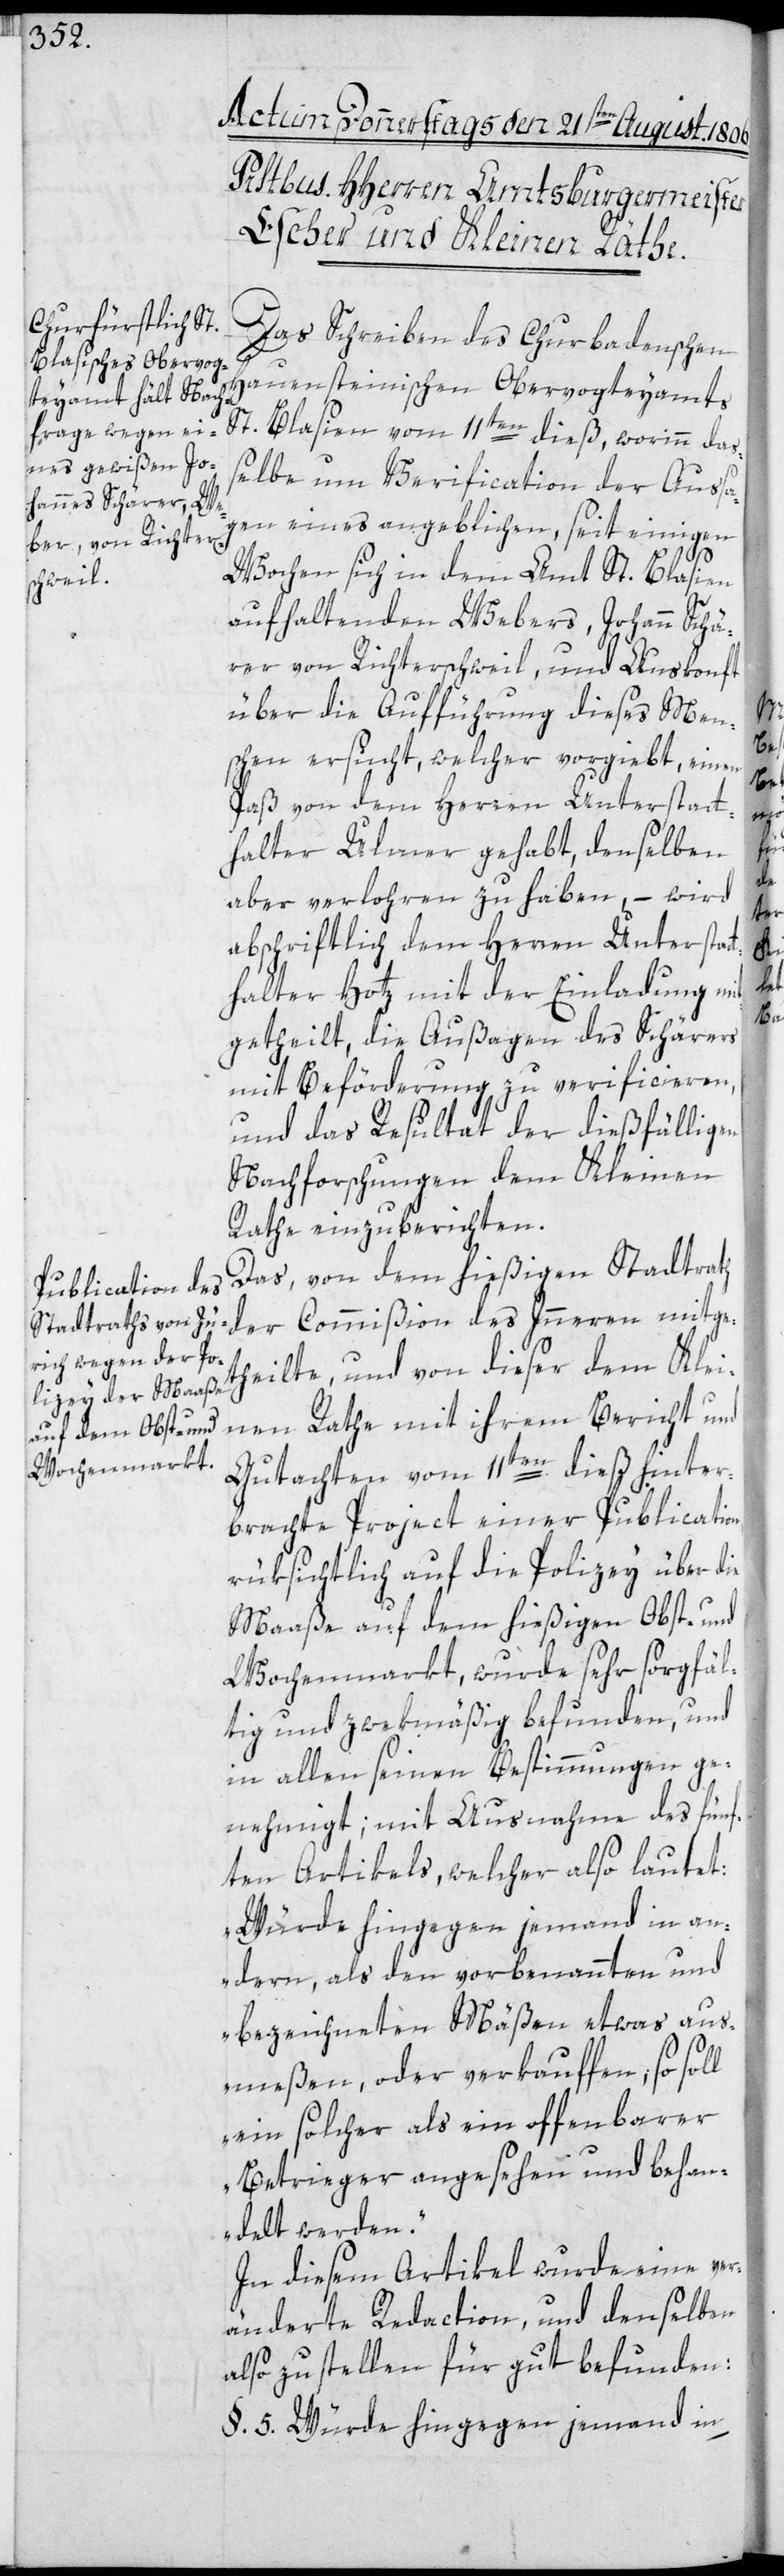
Das Schreiben des Churbadenschen
Hauensteinischen Obervorgteyamts
St. Blasien vom 11ten dieß, worinn das¬
selbe um Verification der Aussa¬
gen eines angeblichen, seit einigen
Wochen sich in dem Amt St. Blasien
aufhaltenden Webers, Johann Schä¬
rer von Richterschweil, und Auskonft
über die Aufführung dieses Men¬
schen ersucht, welcher vorgiebt, einen
Paß von dem Herren Unterstatt¬
halter Ulmer gehabt, denselben
aber verlohren zu haben, – wird
abschriftlich dem Herren Unterstat¬
thalter Hotz mit der Einladung mi¬
tgetheilt, die Außagen des Schärers
mit Beförderung zu verificieren,
und das Resultat der dießfälligen
Nachforschungen dem Kleinen
Rathe einzuberichten.
Das, von dem hießigen Stadtrath
der Commißion des Innern mitge¬
theilte, und von dieser dem Klei¬
nen Rathe mit ihrem Bericht und
Gutachten vom 11ten dieß hinter¬
brachte Project einer Publication,
rüksichtlich auf die Polizey über die
Maaße auf dem hießigen Obst- und
Wochenmarkt, wurde sehr sorgfäl¬
tig und zwekmäßig befunden, und
in allen seinen Bestimmungen ge¬
nehmigt, mit Ausnahme des fünf¬
ten Artikels, welcher also lautet:
„Würde hingegen jemand in an¬
dern, als den vorbenannten und
bezeichneten Mäßen etwas aus¬
meßen, oder verkauffen; so soll
ein solcher als ein offenbarer
Betrieger angesehen und behan¬
delt werden“.
In diesem Artikel wurde eine ver¬
änderte Redaction, und denselben
also zu stellen für gut befunden:
§. 5. Würde hingegen jemand in